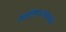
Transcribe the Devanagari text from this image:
अष्टोत्तरशतस्यादौ